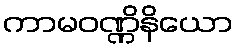
ကာမဝဏ္ဏိနိယော